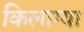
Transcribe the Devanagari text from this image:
किलाग्या